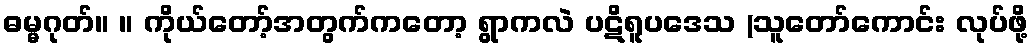
ဓမ္မဂုတ်။ ။ ကိုယ်တော့်အတွက်ကတော့ ရွာကလဲ ပဋိရူပဒေသ (သူတော်ကောင်း လုပ်ဖို့